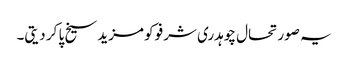
یہ صورتحال چوہدری شرفو کو مزید سیخ پا کر دیتی۔